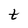
Character: t